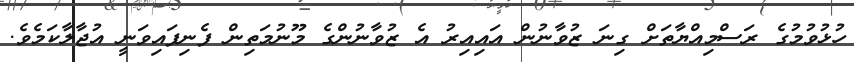
ހުޅުވުމުގެ ރަސްމިއްޔާތަށް ގިނަ ޒުވާނުން އައިއިރު އެ ޒުވާނުންގެ މޫނުމަތިން ފެނިފައިވަނީ އުޖާލާކަމެވެ.